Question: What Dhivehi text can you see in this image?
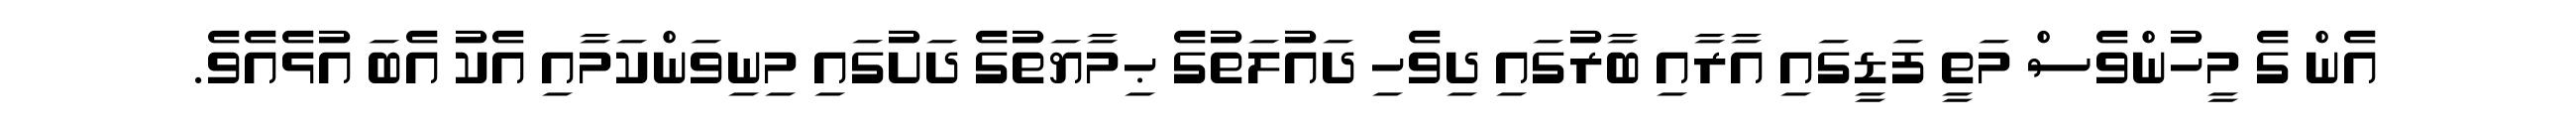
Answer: އެން ގެ މީހުންވެސް މަތީ ފަޑީގައި އާރާއި ބާރުގައި ދިވެހި ދައުލަތުގެ ޙިމާޔަތުގެ ދަށުގައި މިނިވަންކަމާއި އެކު އެބަ އުޅެއެވެ.